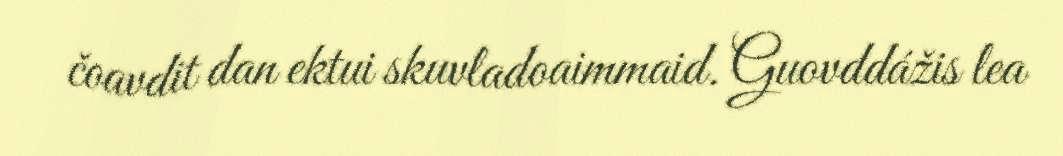
čoavdit dan ektui skuvladoaimmaid. Guovddážis lea